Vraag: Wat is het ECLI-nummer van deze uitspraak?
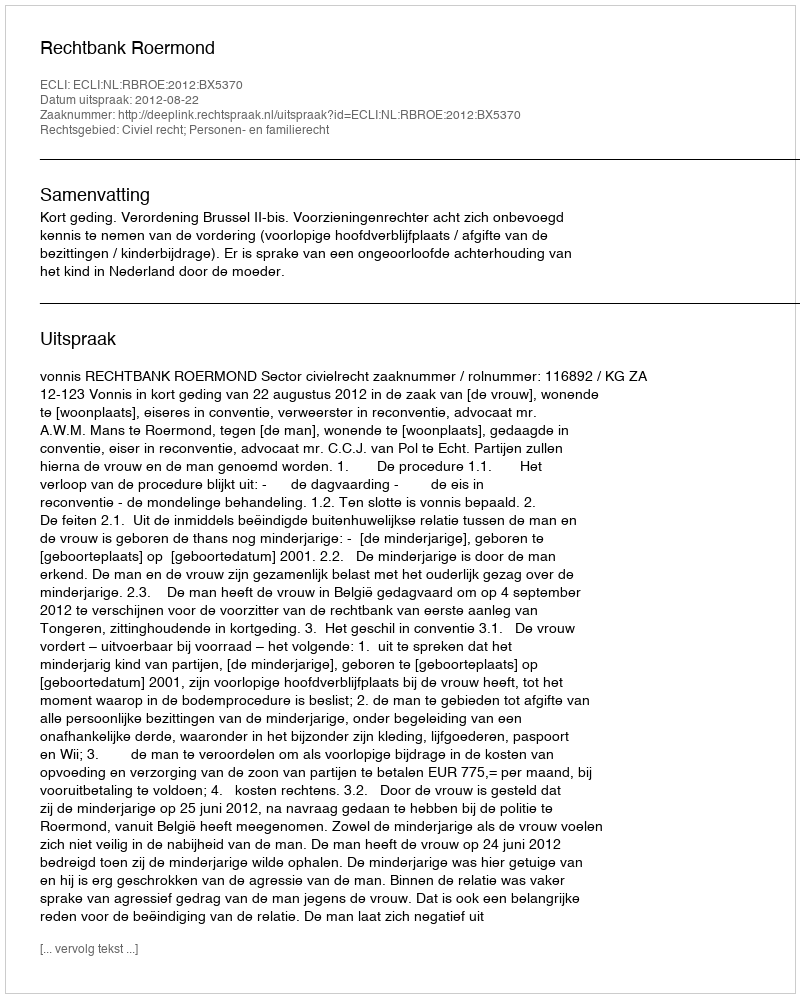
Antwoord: ECLI:NL:RBROE:2012:BX5370